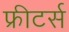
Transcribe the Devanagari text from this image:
फ्रीटर्स